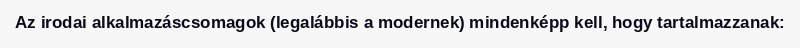
Az irodai alkalmazáscsomagok (legalábbis a modernek) mindenképp kell, hogy tartalmazzanak: